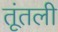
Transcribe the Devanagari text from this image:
तूंतली